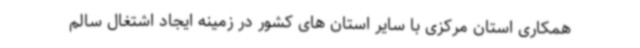
همکاری استان مرکزی با سایر استان های کشور در زمینه ایجاد اشتغال سالم